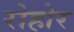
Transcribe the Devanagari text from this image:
रोहोर